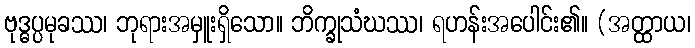
ဗုဒ္ဓပ္ပမုခဿ၊ ဘုရားအမှူးရှိသော။ ဘိက္ခုသံဃဿ၊ ရဟန်းအပေါင်း၏။ (အတ္ထာယ၊